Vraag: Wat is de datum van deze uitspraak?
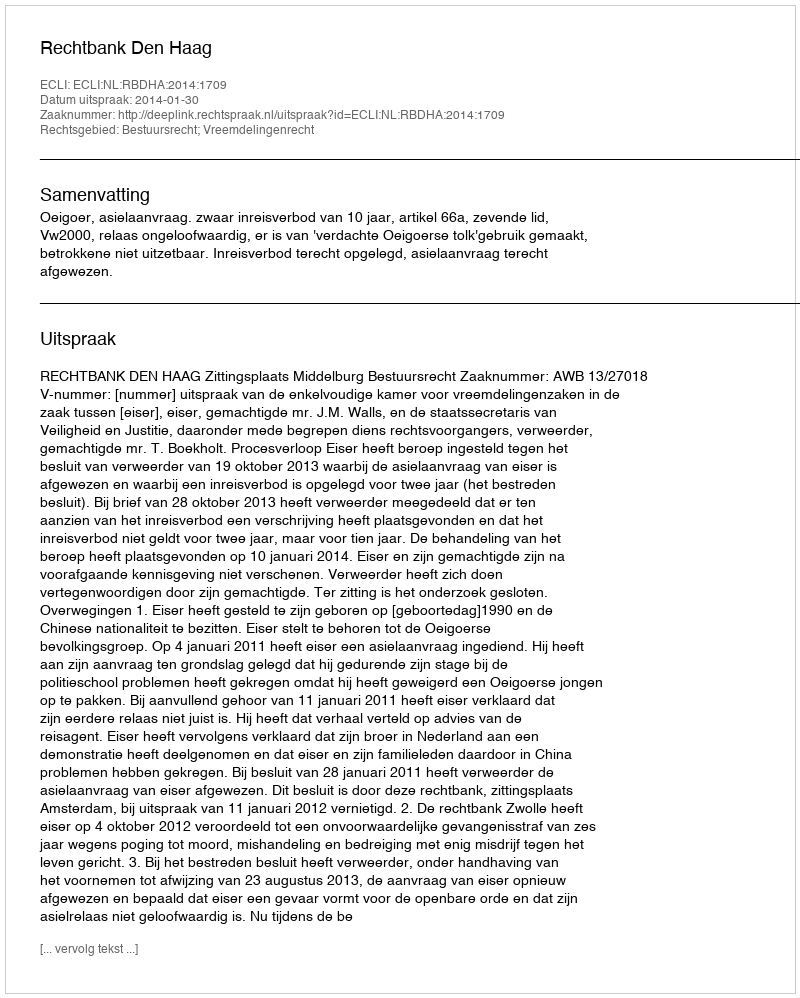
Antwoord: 2014-01-30